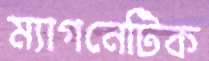
ম্যাগনেটিক